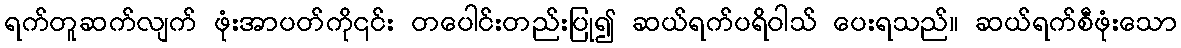
ရက်တူဆက်လျက် ဖုံးအာပတ်ကို၎င်း တပေါင်းတည်းပြု၍ ဆယ်ရက်ပရိဝါသ် ပေးရသည်။ ဆယ်ရက်စီဖုံးသော